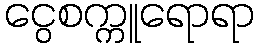
ငွေစက္ကူရောရာ